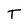
Character: T